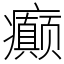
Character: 癫